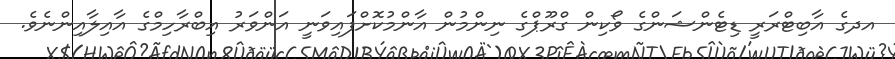
އދގެ އާބިޓްރަރީ ޑިޓެންޝަންގެ ވޯކިން ގްރޫޕްގެ ނިންމުން އާންމުކޮށްފައިވަނީ އަންވަރު އިބްރާހިމްގެ އާއިލާއިންނެވެ.